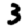
Digit: 3